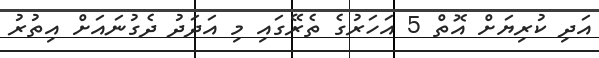
އަދި ކުރިޔަށް އޮތް 5 އަހަރުގެ ތެރޭގައި މި އަދަދު ދެގުނައަށް އިތުރު